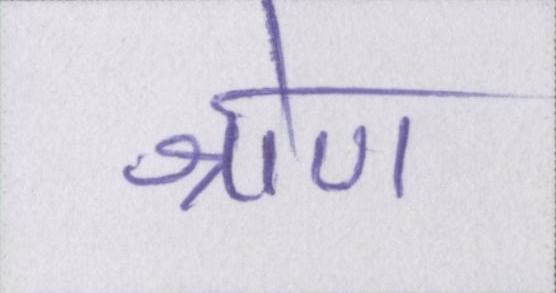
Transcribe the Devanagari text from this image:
श्रोण